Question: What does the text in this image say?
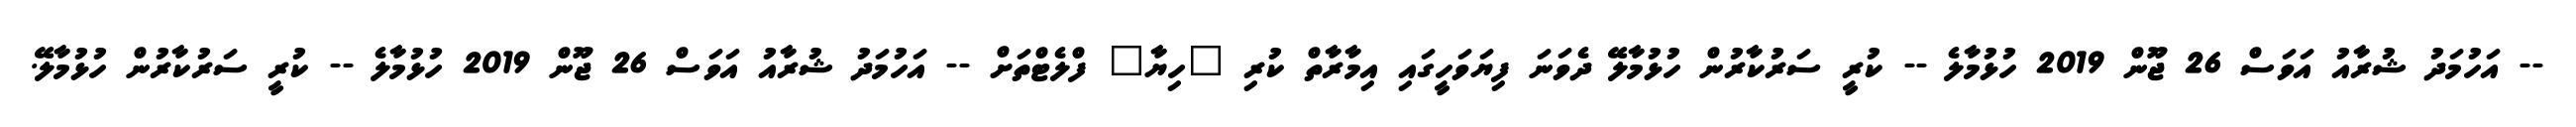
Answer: -- އަހުމަދު ޝުރާއު އަވަސް 26 ޖޫން 2019 ހުޅުމާލެ -- ކުރީ ސަރުކާރުން ހުޅުމާލޭ ދެވަނަ ފިޔަވަހީގައި އިމާރާތް ކުރި "ހިޔާ" ފްލެޓްތަށް -- އަހުމަދު ޝުރާއު އަވަސް 26 ޖޫން 2019 ހުޅުމާލެ -- ކުރީ ސަރުކާރުން ހުޅުމާލޭ.